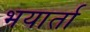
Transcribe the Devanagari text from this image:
भयार्ता